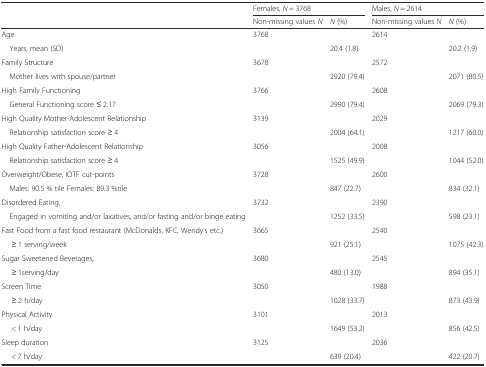
<table><thead><tr><td></td><td colspan="2"><b>Females, <i>N</i> = 3768</b></td><td colspan="2"><b>Males, <i>N</i> = 2614</b></td></tr><tr><td></td><td><b>Non-missing values <i>N</i></b></td><td><b><i>N</i> (%)</b></td><td><b>Non-missing values <i>N</i></b></td><td><b><i>N </i>(%)</b></td></tr></thead><tbody><tr><td>Age</td><td>3768</td><td></td><td>2614</td><td></td></tr><tr><td> Years, mean (SD)</td><td></td><td>20.4 (1.8)</td><td></td><td>20.2 (1.9)</td></tr><tr><td>Family Structure</td><td>3678</td><td></td><td>2572</td><td></td></tr><tr><td> Mother lives with spouse/partner</td><td></td><td>2920 (79.4)</td><td></td><td>2071 (80.5)</td></tr><tr><td>High Family Functioning</td><td>3766</td><td></td><td>2608</td><td></td></tr><tr><td> General Functioning score ≤ 2.17</td><td></td><td>2990 (79.4)</td><td></td><td>2069 (79.3)</td></tr><tr><td>High Quality Mother-Adolescent Relationship</td><td>3139</td><td></td><td>2029</td><td></td></tr><tr><td> Relationship satisfaction score ≥ 4</td><td></td><td>2004 (64.1)</td><td></td><td>1217 (60.0)</td></tr><tr><td>High Quality Father-Adolescent Relationship</td><td>3056</td><td></td><td>2008</td><td></td></tr><tr><td> Relationship satisfaction score ≥ 4</td><td></td><td>1525 (49.9)</td><td></td><td>1044 (52.0)</td></tr><tr><td>Overweight/Obese, IOTF cut-points</td><td>3728</td><td></td><td>2600</td><td></td></tr><tr><td> Males: 90.5 % tile Females: 89.3 %tile</td><td></td><td>847 (22.7)</td><td></td><td>834 (32.1)</td></tr><tr><td>Disordered Eating,</td><td>3732</td><td></td><td>2390</td><td></td></tr><tr><td> Engaged in vomiting and/or laxatives, and/or fasting and/or binge eating</td><td></td><td>1252 (33.5)</td><td></td><td>598 (23.1)</td></tr><tr><td>Fast Food from a fast food restaurant (McDonalds, KFC, Wendy’s etc.)</td><td>3665</td><td></td><td>2540</td><td></td></tr><tr><td>≥ 1 serving/week</td><td></td><td>921 (25.1)</td><td></td><td>1075 (42.3)</td></tr><tr><td>Sugar Sweetened Beverages,</td><td>3680</td><td></td><td>2545</td><td></td></tr><tr><td>≥ 1serving/day</td><td></td><td>480 (13.0)</td><td></td><td>894 (35.1)</td></tr><tr><td>Screen Time</td><td>3050</td><td></td><td>1988</td><td></td></tr><tr><td>≥ 2 h/day</td><td></td><td>1028 (33.7)</td><td></td><td>873 (43.9)</td></tr><tr><td>Physical Activity</td><td>3101</td><td></td><td>2013</td><td></td></tr><tr><td>&lt; 1 h/day</td><td></td><td>1649 (53.2)</td><td></td><td>856 (42.5)</td></tr><tr><td>Sleep duration</td><td>3125</td><td></td><td>2036</td><td></td></tr><tr><td>&lt; 7 h/day</td><td></td><td>639 (20.4)</td><td></td><td>422 (20.7)</td></tr></tbody></table>